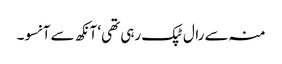
منہ سے رال ٹپک رہی تھی‘ آنکھ سے آنسو۔